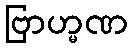
ဗြာဟ္မဏ